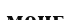
монғ